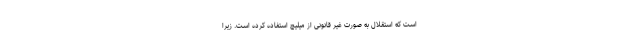
است که استقلال به صورت غیر قانونی از میلیچ استفاده کرده است. زیرا